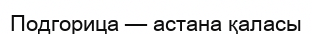
Подгорица — астана қаласы